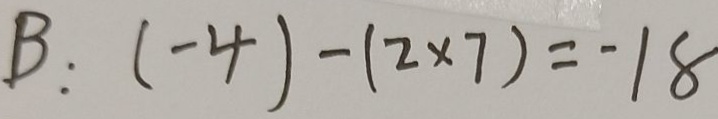
B : ( - 4 ) - ( 2 \times 7 ) = - 1 8